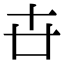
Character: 卋